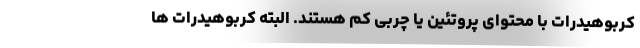
کربوهیدرات با محتوای پروتئین یا چربی کم هستند. البته کربوهیدرات ها